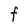
Character: f